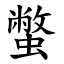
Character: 蟞